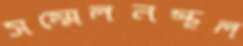
সম্মেলনস্থল